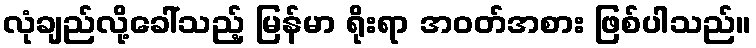
လုံချည်လို့ခေါ်သည့် မြန်မာ ရိုးရာ အဝတ်အစား ဖြစ်ပါသည်။